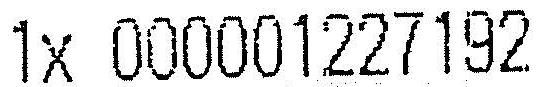
1X 000001227192